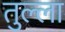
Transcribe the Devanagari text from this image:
तुल्ला